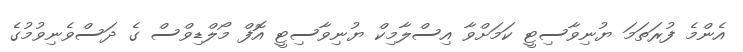
އެންމެ ފުރަތަމަ ޔުނިވާސިޓީ ކަމަށްވާ އިސްލާމިކް ޔުނިވާސިޓީ އޮފް މޯލްޑިވްސް ގެ ދަސްވެނިވުމުގެ